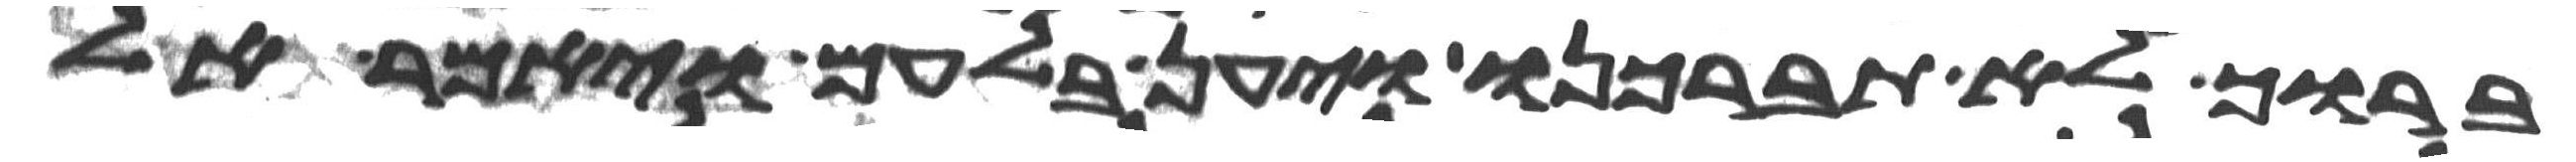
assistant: ברוך לא תברכנו ויען בלעם ויאמר אל